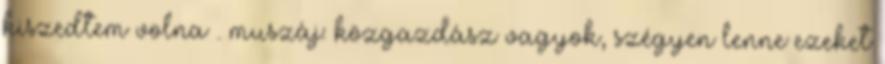
kiszedtem volna . muszáj: közgazdász vagyok, szégyen lenne ezeket